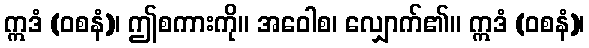
ဣဒံ (ဝစနံ)၊ ဤစကားကို။ အဝေါစ၊ လျှောက်၏။ ဣဒံ (ဝစနံ)၊